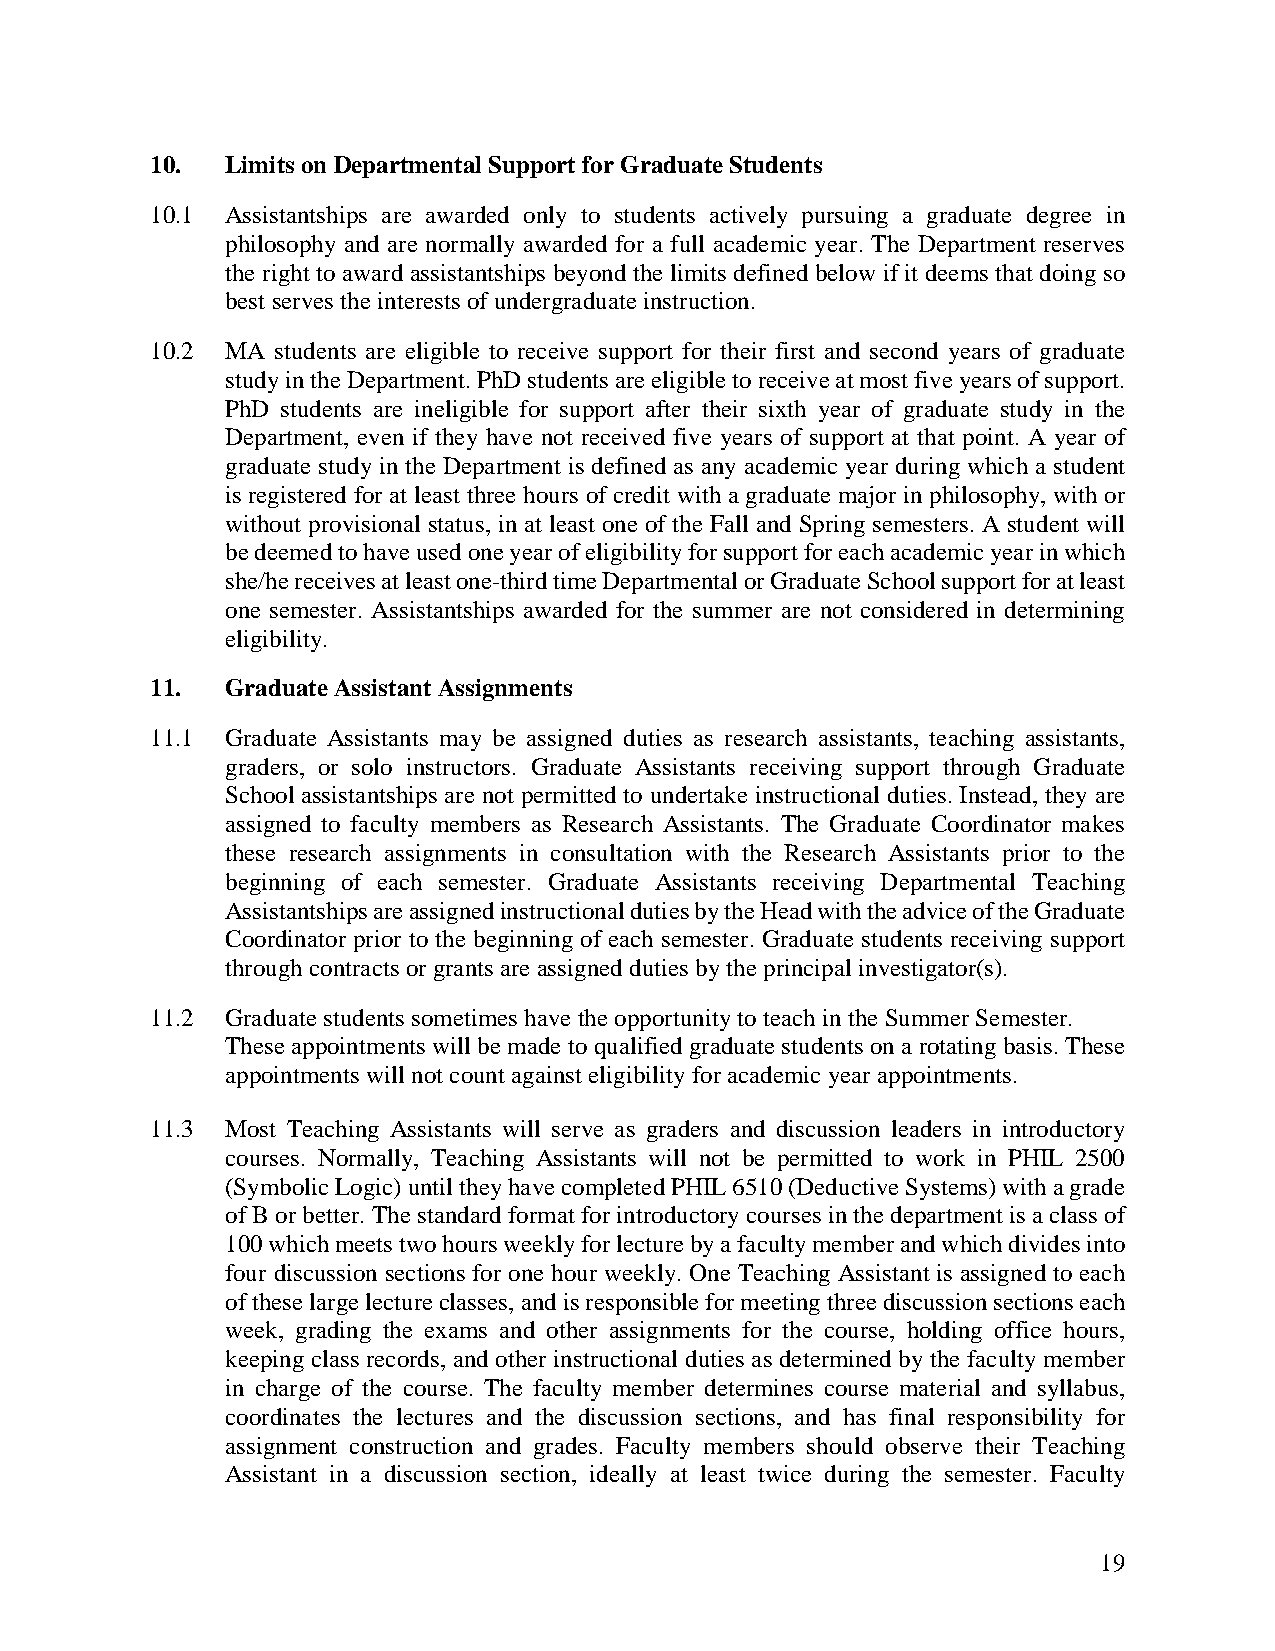
10.  Limits on Departmental Support for Graduate Students
 10.1 Assistantships are awarded only to students actively pursuing a graduate degree in
 philosophy and are normally awarded for a full academic year. The Department reserves
 the right to award assistantships beyond the limits defined below if it deems that doing so
 best serves the interests of undergraduate instruction.
 10.2 MA students are eligible to receive support for their first and second years of graduate
 study in the Department. PhD students are eligible to receive at most five years of support.
 PhD students are ineligible for support after their sixth year of graduate study in the
 Department, even if they have not received five years of support at that point. A year of
 graduate study in the Department is defined as any academic year during which a student
 is registered for at least three hours of credit with a graduate major in philosophy, with or
 without provisional status, in at least one of the Fall and Spring semesters. A student will
 be deemed to have used one year of eligibility for support for each academic year in which
 she/he receives at least one-third time Departmental or Graduate School support for at least
 one semester. Assistantships awarded for the summer are not considered in determining
 eligibility.
 11.  Graduate Assistant Assignments
 11.1 Graduate Assistants may be assigned duties as research assistants, teaching assistants,
 graders, or solo instructors. Graduate Assistants receiving support through Graduate
 School assistantships are not permitted to undertake instructional duties. Instead, they are
 assigned to faculty members as Research Assistants. The Graduate Coordinator makes
 these research assignments in consultation with the Research Assistants prior to the
 beginning of each semester. Graduate Assistants receiving Departmental Teaching
 Assistantships are assigned instructional duties by the Head with the advice of the Graduate
 Coordinator prior to the beginning of each semester. Graduate students receiving support
 through contracts or grants are assigned duties by the principal investigator(s).
 11.2 Graduate students sometimes have the opportunity to teach in the Summer Semester.
 These appointments will be made to qualified graduate students on a rotating basis. These
 appointments will not count against eligibility for academic year appointments.
 11.3 Most Teaching Assistants will serve as graders and discussion leaders in introductory
 courses. Normally, Teaching Assistants will not be permitted to work in PHIL 2500
 (Symbolic Logic) until they have completed PHIL 6510 (Deductive Systems) with a grade
 of B or better. The standard format for introductory courses in the department is a class of
 100 which meets two hours weekly for lecture by a faculty member and which divides into
 four discussion sections for one hour weekly. One Teaching Assistant is assigned to each
 of these large lecture classes, and is responsible for meeting three discussion sections each
 week, grading the exams and other assignments for the course, holding office hours,
 keeping class records, and other instructional duties as determined by the faculty member
 in charge of the course. The faculty member determines course material and syllabus,
 coordinates the lectures and the discussion sections, and has final responsibility for
 assignment construction and grades. Faculty members should observe their Teaching
 Assistant in a discussion section, ideally at least twice during the semester. Faculty
 19